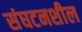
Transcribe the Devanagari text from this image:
संघटनशील